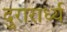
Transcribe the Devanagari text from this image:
दुरारार्ध्य